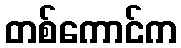
တစ်ကောင်က